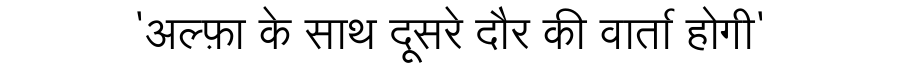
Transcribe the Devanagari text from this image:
'अल्फ़ा के साथ दूसरे दौर की वार्ता होगी'